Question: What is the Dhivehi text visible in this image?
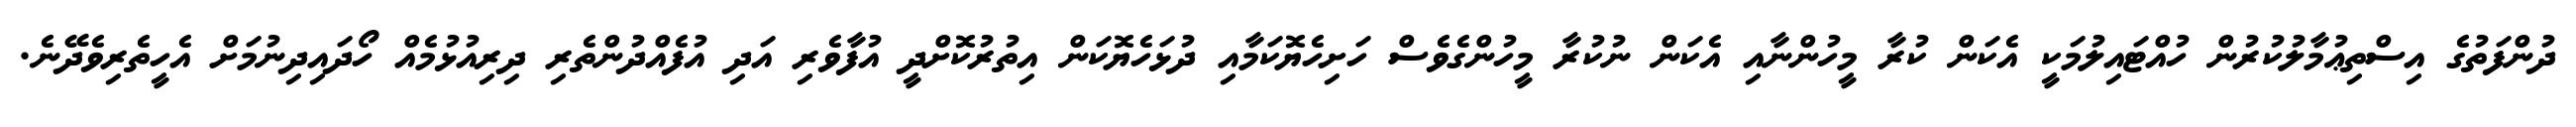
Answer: ދުންފަތުގެ އިސްތިޢުމާލުކުރުން ހުއްޓައިލުމަކީ އެކަން ކުރާ މީހުންނާއި އެކަން ނުކުރާ މީހުންގެވެސް ހަށިހެޔޮކަމާއި ދުޅަހެޔޮކަން އިތުރުކޮށްދީ އުފާވެރި އަދި އުފެއްދުންތެރި ދިރިއުޅުމެއް ހޯދައިދިނުމަށް އެހީތެރިވެދޭނެ.